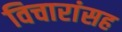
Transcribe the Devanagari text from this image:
विचारांसह